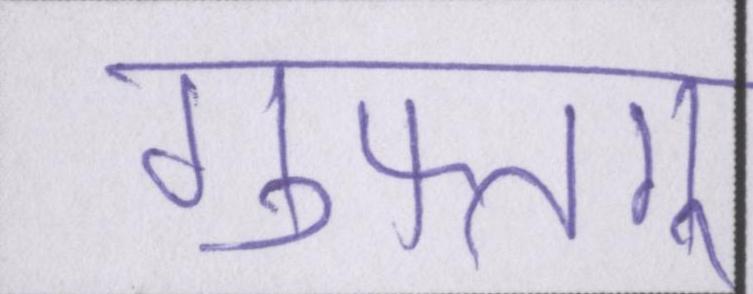
गुफ्तगू